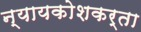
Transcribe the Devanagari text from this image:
न्यायकोशकर्ता